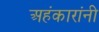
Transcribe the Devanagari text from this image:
अहंकारांनी